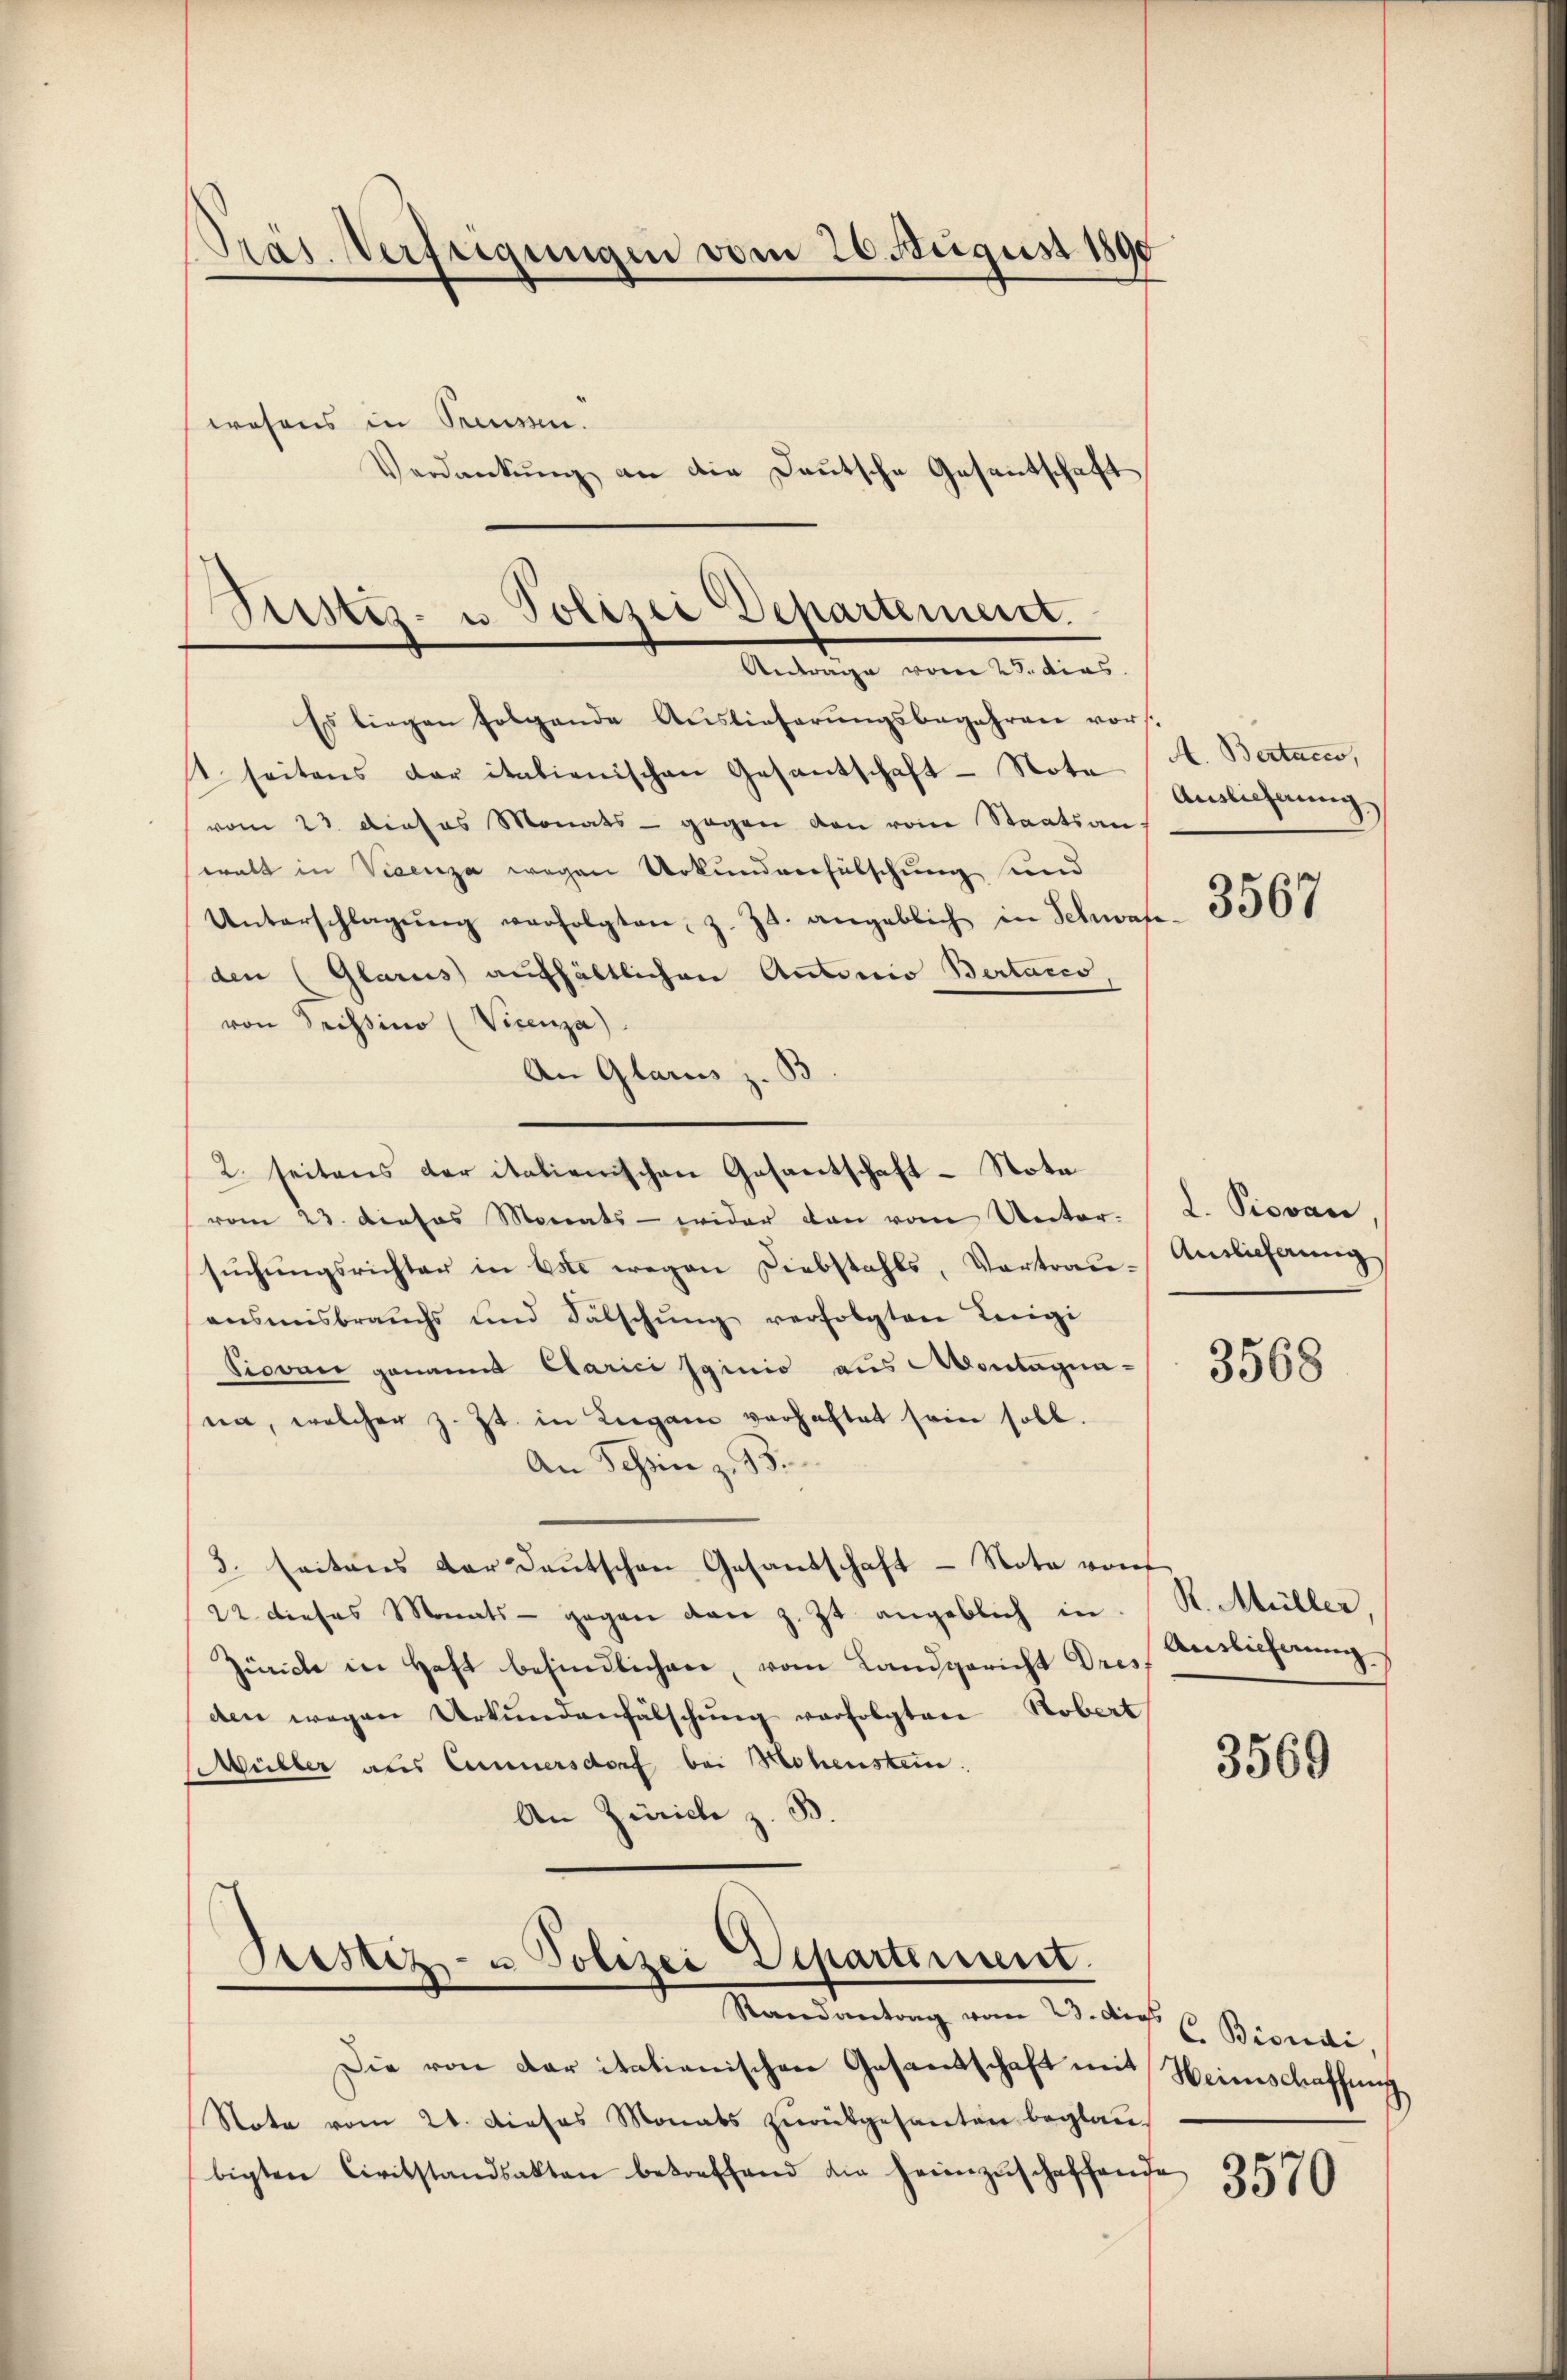
Präs. Verftigungen vom 26. August 1890
wesens in Preussen.
Verdankŭng an die Deutsche Gesantschaft

Sisti- u. Polizei Departement.
Antrage vom 23. dies

Es liegen folgende Auslieferŭngsbegehren vor.
t. seitens der italienischen Gesantschaft - Nota
vom 23. dieses Monats gegen den vom Staatsan-
walt in Vicenza wegen Urkundverhütschung und
Unterschlagŭng verfolgten, z. Zt. angeblich in Schwage
den (Glarus aufhältlichen Antonio Bertacco
von Trissimo (Vicenza
An Glarus z. S.
2. seitens der italienischen Gesantschaft - Nota
vom 23. Dieses Monats - wider den vom Unter-
sŭchŭngsrichter in Este wegen Diebstahls, Vortrau-Auslieferung
aŭsmisbrauchs und Fälschŭng verfolgten Leigi
Piovan genannt Carici sginio aus Montagunna, welcher z. Zt. in Lugan verhaftet sein soll.
An Schinz. 93.
3. Seitens der Deutschen Gesandschaft - Nota von
22 dieses Monats - gegen den z. Zt. angeblich in
Zünche in Haft befindlichen, vom Landgericht Dres
den wegen Urkundenfälschung verfolgten Robert
Müller aus Camersdorf bei Hohenstein.
An Zürich z. B.

Prestiz- u Polizei Departement.

Die von der itationischen Gesandschaft mit Heimschaffung
Note vom 21. Dieses Monats zŭrükgesanten beglau-
bigten Civilstandsakten betreffend die heimzŭschaffende

Randantrag vom 23. dies C. Bisidi

A. Bertacco,
Auslicherung

3567

L. Piovan

3568

R. Müller,
Antlicherung

3569

3570